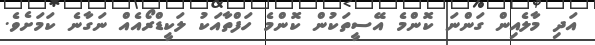
އަދި މާލެއިން ގަންނަ ކޮންމެ އޭސީތަކުން ކޮންމެ ހަފްތާއަކު ލަކީޑްރޯއެއް ނަގާނެ ކަމަށެވެ.